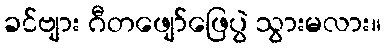
ခင်ဗျား ဂီတဖျော်ဖြေပွဲ သွားမလား။